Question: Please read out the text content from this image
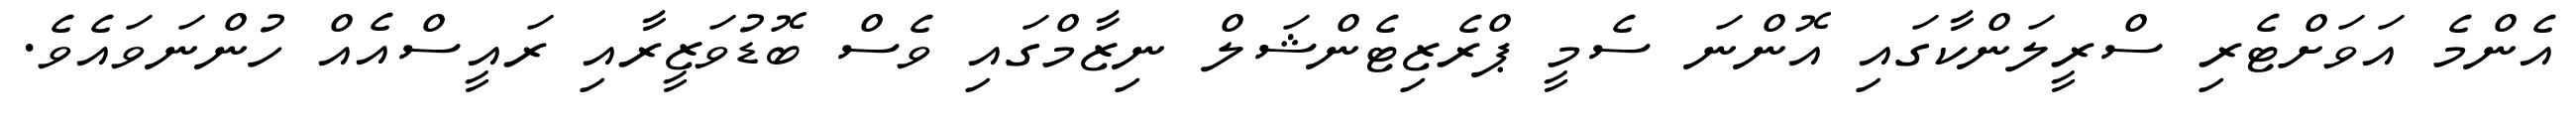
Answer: އެންމެ އަވަށްޓެރި ސްރީލަންކާގައި އޮންނަ ސެމީ ޕްރެޒިޓެންޝަލް ނިޒާމްގައި ވެސް ބޮޑުވަޒީރާއި ރައީސްއެއް ހުންނަވައެވެ.